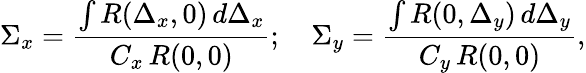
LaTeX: \Sigma_{x}=\frac{\int R(\Delta_{x},0)\, d\Delta_{x}}{C_{x}\, R(0,0)};\quad\Sigma_{y}=\frac{\int R(0,\Delta_{y})\, d\Delta_{y}}{C_{y}\, R(0,0)},